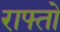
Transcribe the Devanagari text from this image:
राफ्तो